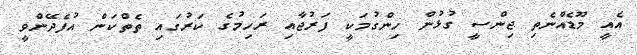
އެއީ މޫޑެއްނެތި ޖިންސީ ގުޅުން ހިންގުމަކީ ފަރުޖާއި ރަހިމުގެ ކަރުގައި ތެތްކަން އުފެދޭންވީ